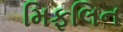
મિફલિન